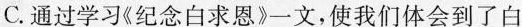
C.通过学习《纪念白求恩》一文，使我们体会到了白